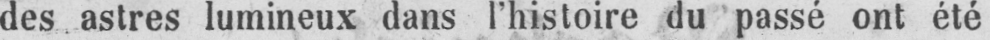
des astres lumineux dans l’histoire du passé ont été